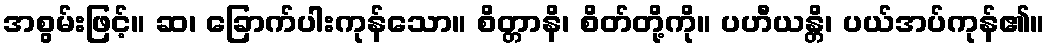
အစွမ်းဖြင့်။ ဆ၊ ခြောက်ပါးကုန်သော။ စိတ္တာနိ၊ စိတ်တို့ကို။ ပဟီယန္တိ၊ ပယ်အပ်ကုန်၏။